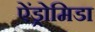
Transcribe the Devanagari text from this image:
ऐंड्रोमिडा